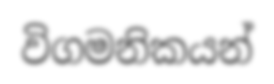
විගමනිකයන්